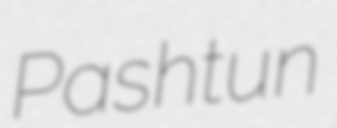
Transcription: Pashtun